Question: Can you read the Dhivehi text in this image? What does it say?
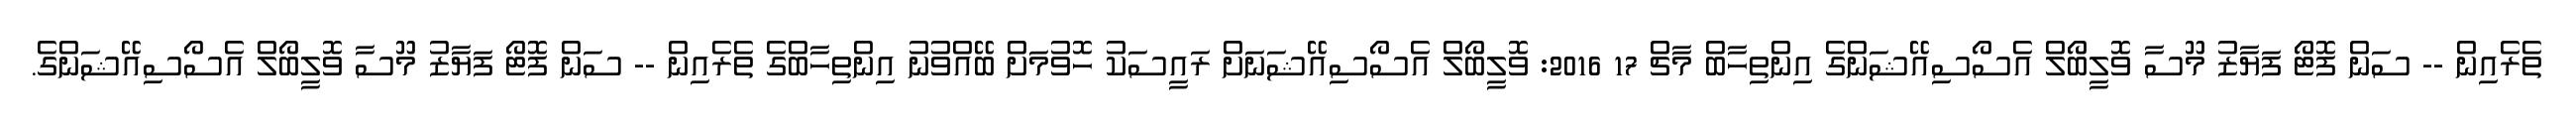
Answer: ތެރެއިން -- ސަން ފޮޓޯ ފަޔާޒު މޫސާ ވޮލީބޯލް އެސޯސިއޭޝަންގެ އިންތިހާބް މާޗް 17 2016: ވޮލީބޯލް އެސޯސިއޭޝަނަށް ރައީސަކު ހޮވުމަށް ބޭއްވުނު އިންތިހާބްގެ ތެރެއިން -- ސަން ފޮޓޯ ފަޔާޒު މޫސާ ވޮލީބޯލް އެސޯސިއޭޝަންގެ.